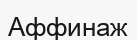
Аффинаж